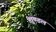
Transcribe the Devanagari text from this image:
शुण्डल